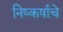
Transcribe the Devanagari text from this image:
निष्कर्षाचे